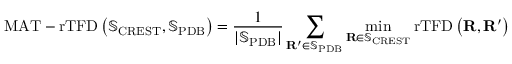
\mathrm { M A T - r T F D } \left( \mathbb { S } _ { \mathrm { C R E S T } } , \mathbb { S } _ { \mathrm { P D B } } \right) = \frac { 1 } { \lvert \mathbb { S } _ { \mathrm { P D B } } \rvert } \sum _ { \mathbf { R } ^ { \prime } \in \mathbb { S } _ { \mathrm { P D B } } } \operatorname* { m i n } _ { \mathbf { R } \in \mathbb { S } _ { \mathrm { C R E S T } } } \mathrm { r T F D } \left( \mathbf { R } , \mathbf { R } ^ { \prime } \right)